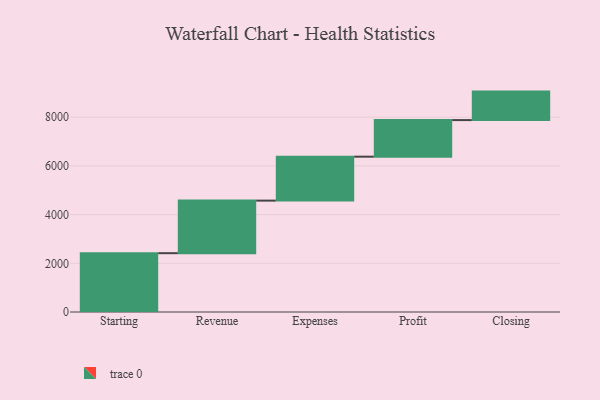
{"axis": {"x": "Step", "y": "Value"}, "legend": [""], "data": [{"x": "Starting", "y": 2415.0, "type": ""}, {"x": "Revenue", "y": 2159.0, "type": ""}, {"x": "Expenses", "y": 1805.0, "type": ""}, {"x": "Profit", "y": 1502.0, "type": ""}, {"x": "Closing", "y": 1170.0, "type": ""}]}